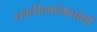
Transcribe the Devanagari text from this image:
नवनीतकोमलांगी